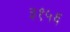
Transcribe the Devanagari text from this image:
३१५६